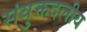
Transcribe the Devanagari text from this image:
संयुक्तदलीय